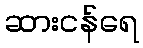
ဆားငန်ရေ